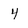
Character: 4